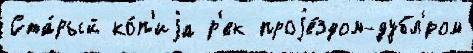
Ста́рый ко́п'иjа р'ек проjе́здом-дубл'́ром